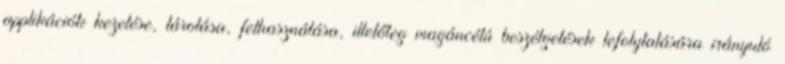
applikációk kezelése, tárolása, felhasználása, illetőleg magáncélú beszélgetések lefolytatására irányuló